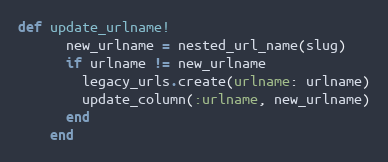
Language: Ruby
def update_urlname!
      new_urlname = nested_url_name(slug)
      if urlname != new_urlname
        legacy_urls.create(urlname: urlname)
        update_column(:urlname, new_urlname)
      end
    end